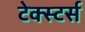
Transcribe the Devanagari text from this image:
टेक्स्टर्स